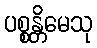
ပစ္စန္တိမေသု